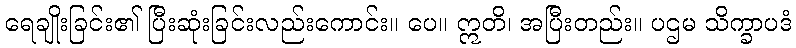
ရေချိုးခြင်း၏ ပြီးဆုံးခြင်းလည်းကောင်း။ ပေ။ ဣတိ၊ အပြီးတည်း။ ပဌမ သိက္ခာပဒံ